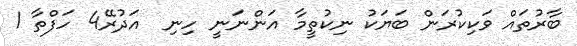
ބާރުތައް ވަކިކުރަން ބަޔަކު ނިކުތީމާ އަންނަނީ ހިނި  އަދުރޭ4 ހަފްތާ 1